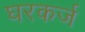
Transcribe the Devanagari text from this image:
घरकर्ज